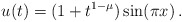
\begin{align*}u(t)= (1+t^{1-\mu}) \sin(\pi x)\,.\end{align*}